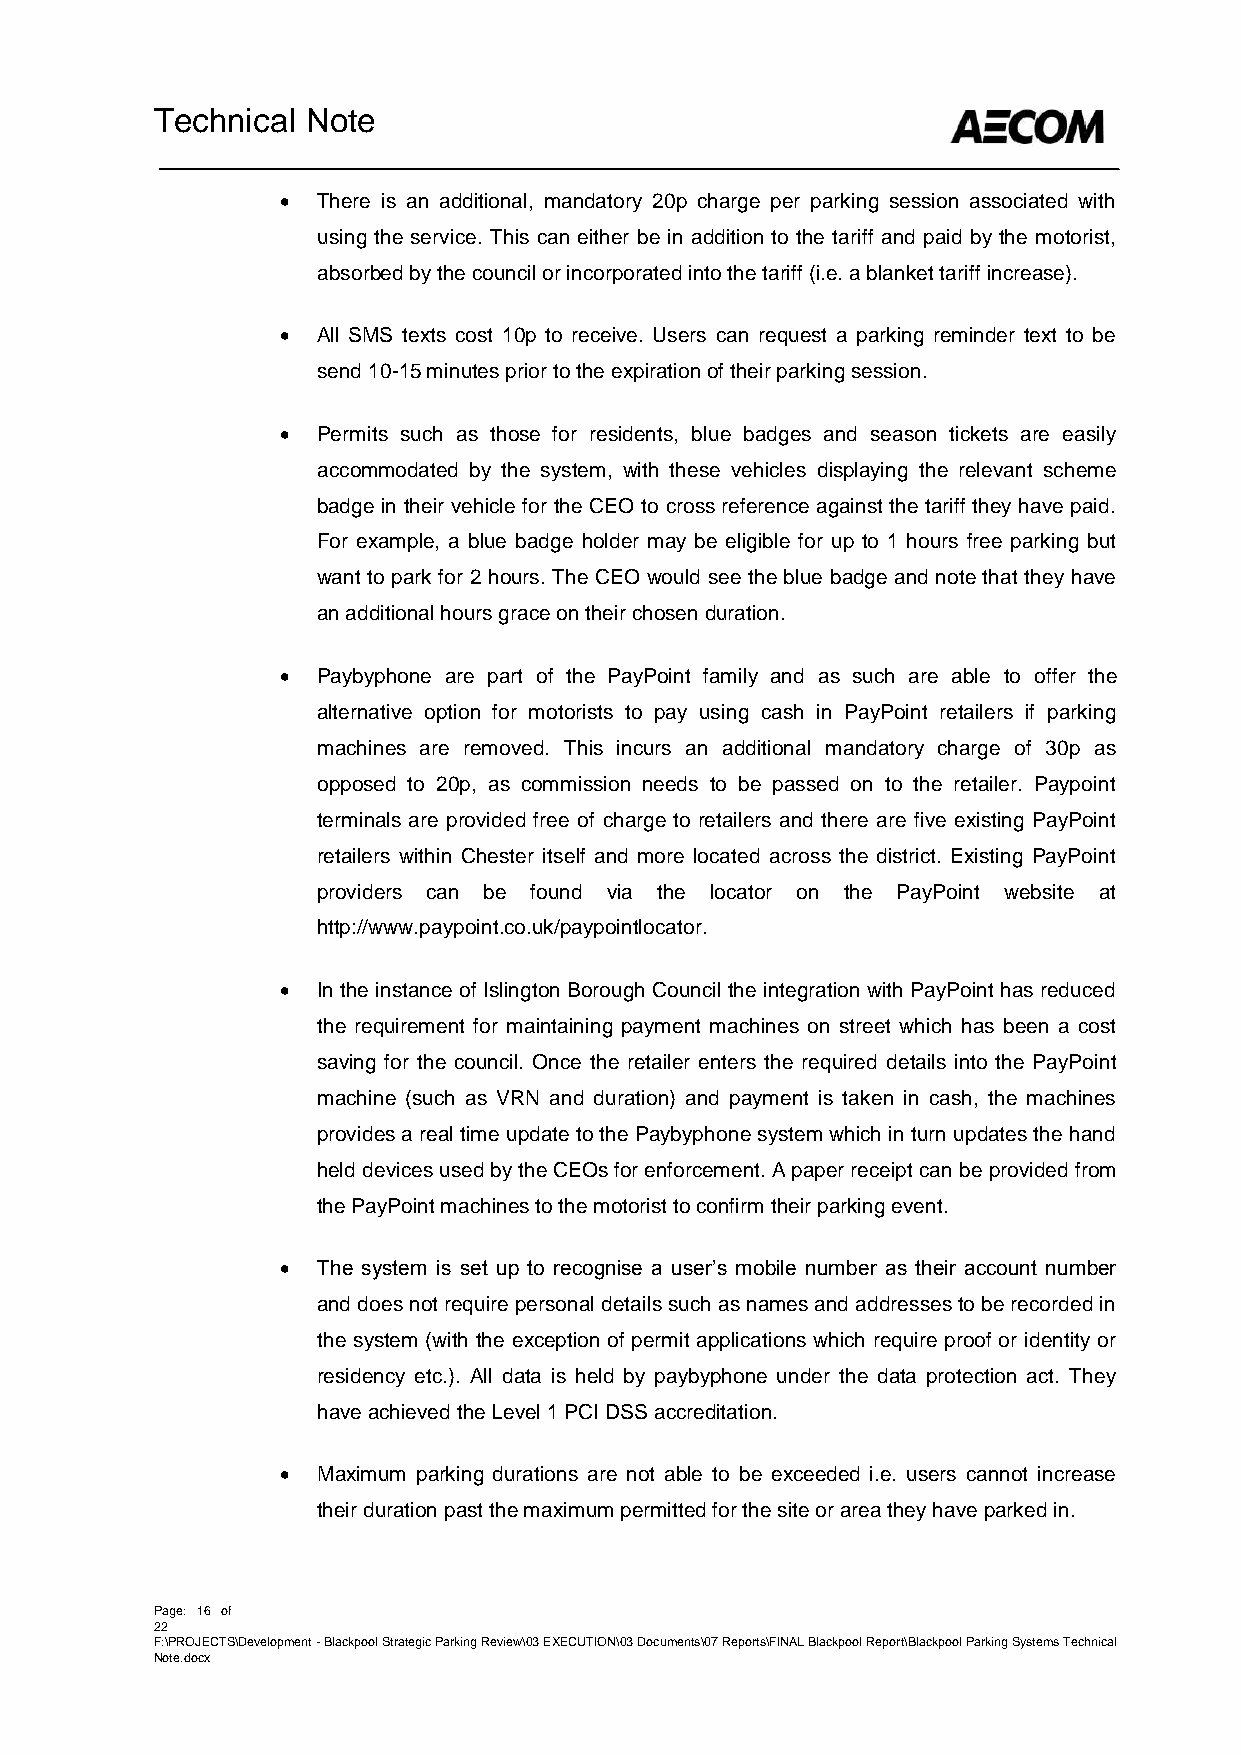
Technical Note
  There is an additional, mandatory 20p charge per parking session associated with
 using the service. This can either be in addition to the tariff and paid by the motorist,
 absorbed by the council or incorporated into the tariff (i.e. a blanket tariff increase).
  All SMS texts cost 10p to receive. Users can request a parking reminder text to be
 send 10-15 minutes prior to the expiration of their parking session.
  Permits such as those for residents, blue badges and season tickets are easily
 accommodated by the system, with these vehicles displaying the relevant scheme
 badge in their vehicle for the CEO to cross reference against the tariff they have paid.
 For example, a blue badge holder may be eligible for up to 1 hours free parking but
 want to park for 2 hours. The CEO would see the blue badge and note that they have
 an additional hours grace on their chosen duration.
  Paybyphone are part of the PayPoint family and as such are able to offer the
 alternative option for motorists to pay using cash in PayPoint retailers if parking
 machines are removed. This incurs an additional mandatory charge of 30p as
 opposed to 20p, as commission needs to be passed on to the retailer. Paypoint
 terminals are provided free of charge to retailers and there are five existing PayPoint
 retailers within Chester itself and more located across the district. Existing PayPoint
 providers can be found via the locator on the PayPoint website at
 http://www.paypoint.co.uk/paypointlocator.
  In the instance of Islington Borough Council the integration with PayPoint has reduced
 the requirement for maintaining payment machines on street which has been a cost
 saving for the council. Once the retailer enters the required details into the PayPoint
 machine (such as VRN and duration) and payment is taken in cash, the machines
 provides a real time update to the Paybyphone system which in turn updates the hand
 held devices used by the CEOs for enforcement. A paper receipt can be provided from
 the PayPoint machines to the motorist to confirm their parking event.
  The system is set up to recognise a user’s mobile number as their account number
 and does not require personal details such as names and addresses to be recorded in
 the system (with the exception of permit applications which require proof or identity or
 residency etc.). All data is held by paybyphone under the data protection act. They
 have achieved the Level 1 PCI DSS accreditation.
  Maximum parking durations are not able to be exceeded i.e. users cannot increase
 their duration past the maximum permitted for the site or area they have parked in.
 Page: 16 of
 22
 F:\PROJECTS\Development - Blackpool Strategic Parking Review\03 EXECUTION\03 Documents\07 Reports\FINAL Blackpool Report\Blackpool Parking Systems Technical
 Note.docx